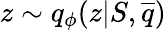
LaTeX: z\sim q_{\phi}(z|S,\overline{{q}})